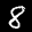
Label: 8